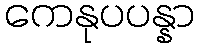
ကေနုပပန္နာ